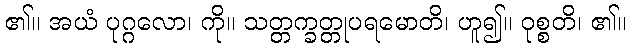
၏။ အယံ ပုဂ္ဂလော၊ ကို။ သတ္တက္ခတ္တုပရမောတိ၊ ဟူ၍။ ဝုစ္စတိ၊ ၏။